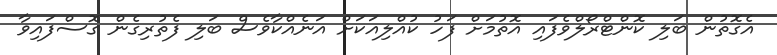
އެގޮތުން ބަލި ކޮންޓްރޯލްވެފައި އޮތުމަށް ފަހު ކުއްލިއަކަށް އަނެއްކާވެސް ބަލި ފެތުރިގެން ގޮސްފައިވާ